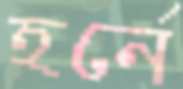
হর্নে